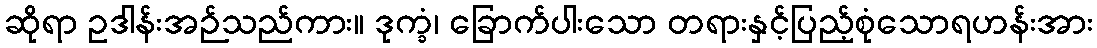
ဆိုရာ ဥဒါန်းအဉ်သည်ကား။ ဒုက္ခံ၊ ခြောက်ပါးသော တရားနှင့်ပြည့်စုံသောရဟန်းအား